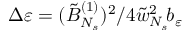
\Delta \varepsilon = ( \tilde { B } _ { N _ { s } } ^ { ( 1 ) } ) ^ { 2 } / 4 \tilde { w } _ { N _ { s } } ^ { 2 } \! b _ { \varepsilon }